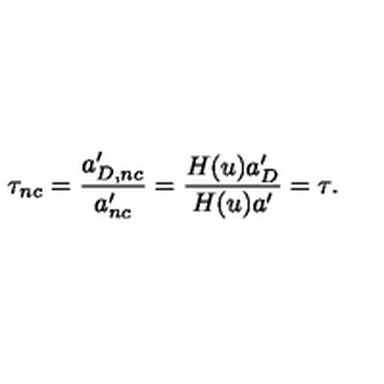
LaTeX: \tau _ { n c } = { \frac { a _ { D , n c } ^ { \prime } } { a _ { n c } ^ { \prime } } } = { \frac { H ( u ) a _ { D } ^ { \prime } } { H ( u ) a ^ { \prime } } } = \tau .